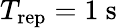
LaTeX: T_{\mathrm{rep}}=1~\mathrm{s}